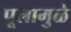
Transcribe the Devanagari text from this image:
पूलामुळे